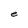
Character: e